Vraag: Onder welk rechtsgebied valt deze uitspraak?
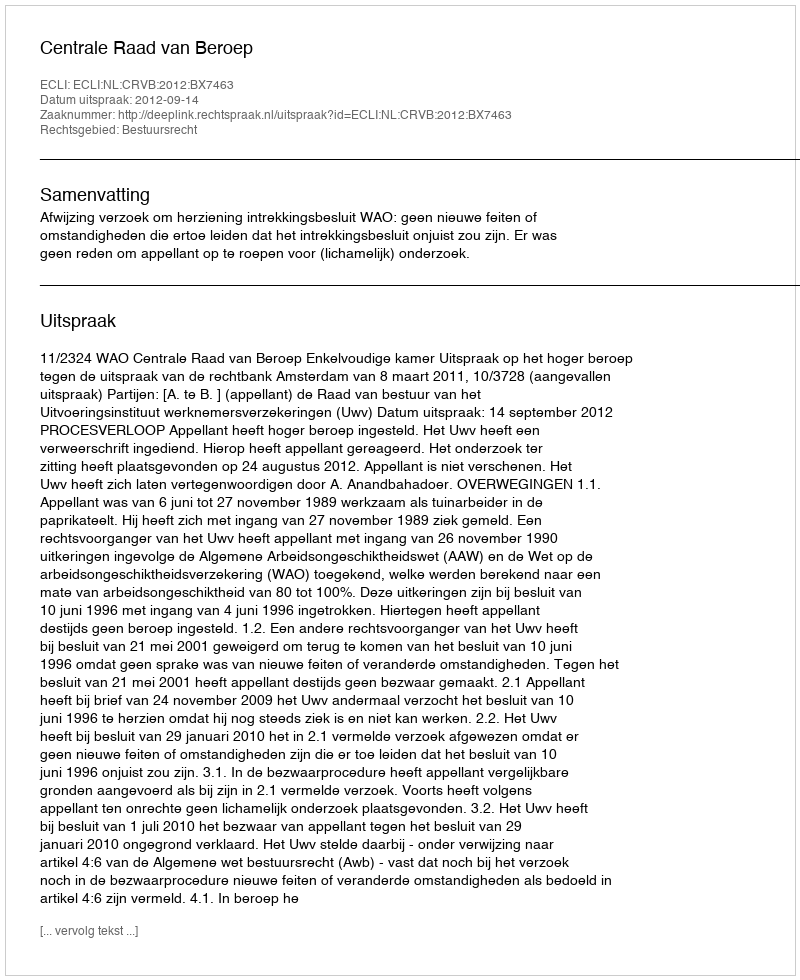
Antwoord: Bestuursrecht